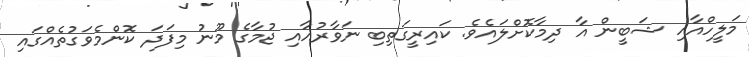
މަލީހްއާއި ޝަބީން އާ ދިމާކޮށްލައެވެ. ކައިރީގަތިބި ނަވާރުއާއި ޖުމާގެ މޫނު މިފަދަ ކޮންމެވަގުތެއްގައި